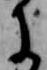
に